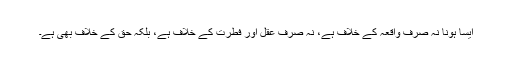
ایسا ہونا نہ صرف واقعہ کے خلاف ہے، نہ صرف عقل اور فطرت کے خلاف ہے، بلکہ حق کے خلاف بھی ہے۔